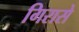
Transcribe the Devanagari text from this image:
गिरासे